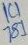
Text: 1C1781